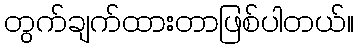
တွက်ချက်ထားတာဖြစ်ပါတယ်။